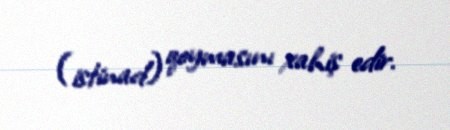
(istinad) qoymasını xahiş edir.